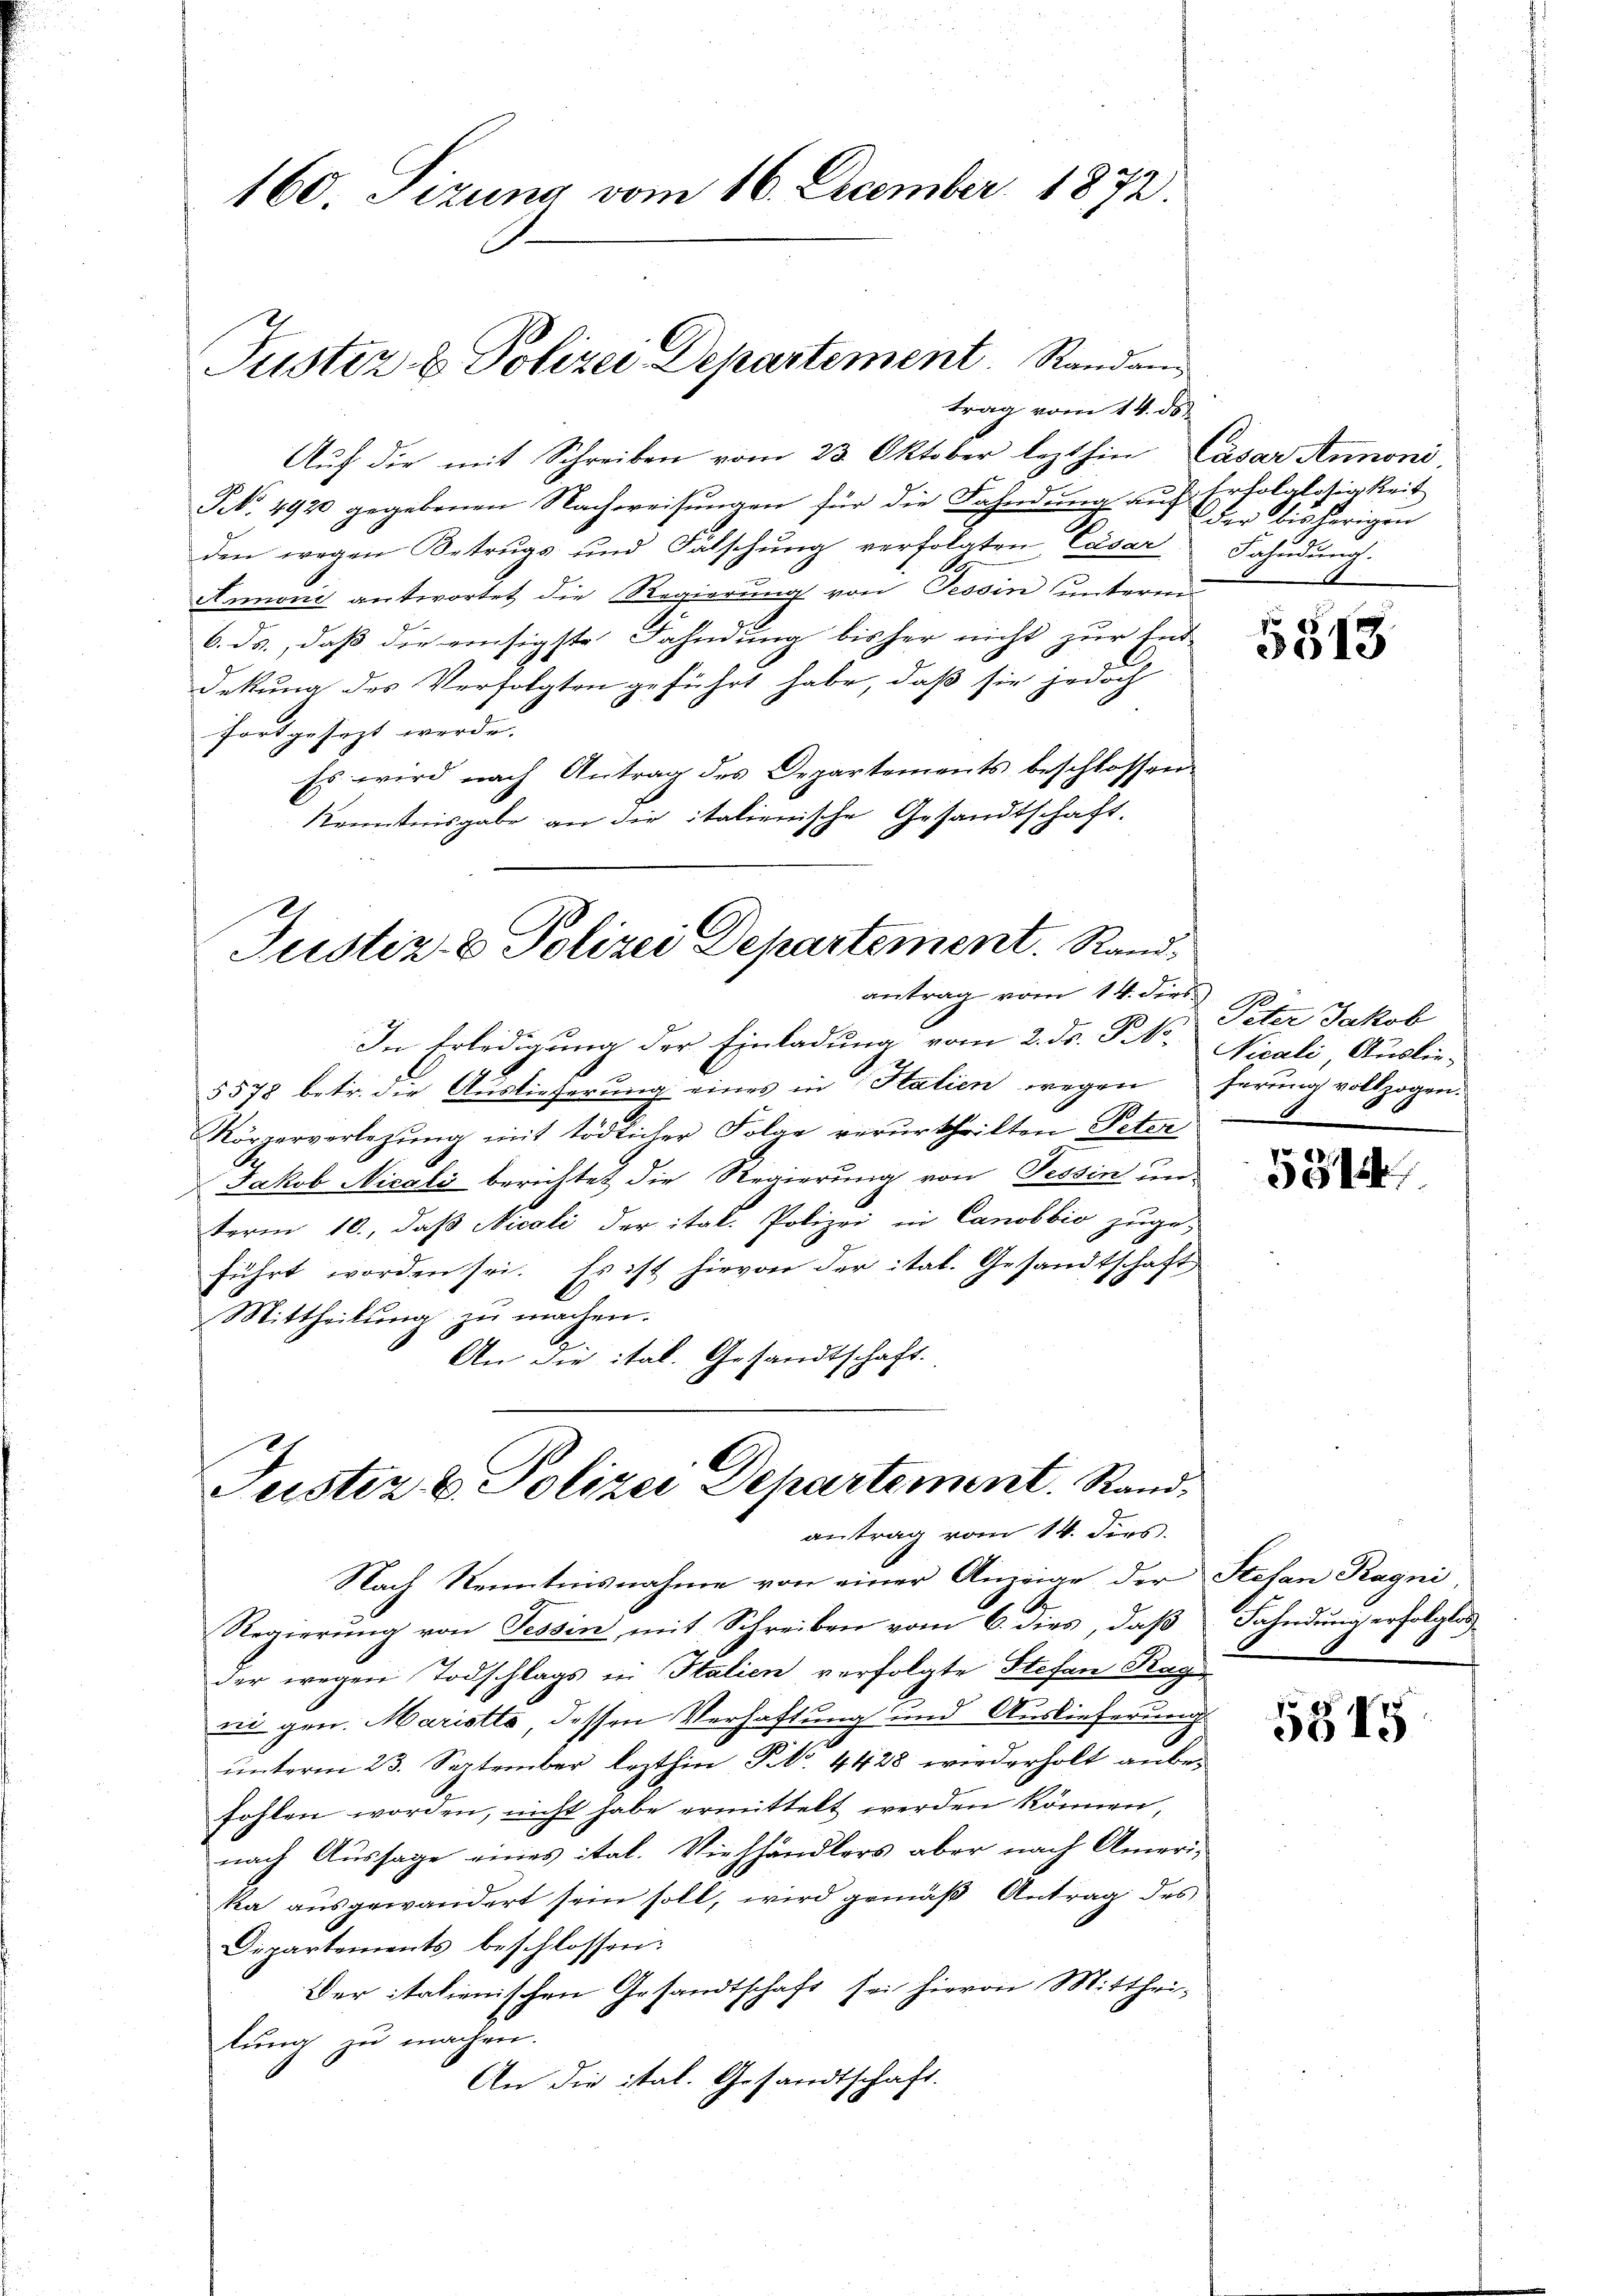
160. Sizung vom 16. December 1872.

Aŭf die mit Schreiben vom 23. Oktober lezthin Cäsar Annoni,
NNo. 4920 gegebenen Nachweisŭngen für die Fahndung auf Erfolglosigkeit
2.
den wegen Betrugs und Falschung verfolgten Casar
Annoni antwortet die Regierung von Tessin unterm
6. ds., daß die vonsigste Fahndung bisher nicht zur Ent-
dekung des Verfolgten geführt habe, daß sie jedoch
fortgesezt werde.
Es wird nach Antrag des Departements beschlossen:
Kenntnisgabe an die italienische Gesandtschaft.
Justiz- & Polizei Departement. Randantrag vom 14. dies 18
In Erledigung der Einladung vom 2. ds. P. Nr. Nicali Auslie-
5578 betr. die Auslieferung eines in Italien wegen herung vollzogen.
Körperverlegŭng mit tödlicher Folge verurtheilten Peter
Jakob Nicali berichtet die Regierung von Tessin un-
term 10., daß Nicoli der ital. Polizei in Canobbio zuge-
führt worden sei. Es ist hievon der ital. Gesandtschaft
Mittheilŭng zŭ machen.
An die ital. Gesandtschaft.

Justiz & Polizei Departement. Randam
trag vom 14. ds.

Justiz & Polizei Departement. Randantrag vom 14. dies

der bisherigen
Fahndung.

Nach Kenntnisnahme von einer Anzeige der Stefan Ragni
Regierung von Tessin mit Schreiben vom 6. dies, daß Fahndung erfolglos
der wegen Todschlags in Italien verfolgte Stefan Rag
ni gen. Maristle dessen Verhaftung und Auslieferung
ŭnterm 23. September lezthin Frk. 4428 wiederholt anbefohlen worden, nicht habe ermittelt werden können,
nach Aussage eines ital. Viehhändlers aber nach Amerika ausgewandert sein soll, wird gemäß Antrag des
Dipartements beschlossen:
Der italienischen Gesandtschaft sei hievon Mitthei-
lung zu machen.
.
An die ital. Gesandtschaft.

5513

Peter Jakob
1

5514

5845